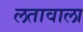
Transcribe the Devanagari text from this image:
लतावाला